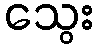
သွေး